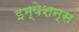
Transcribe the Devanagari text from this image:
इम्पेशन्स